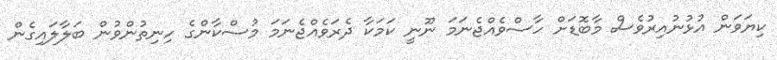
ކިޔަވަން އުޅުނުއިރުވެސް މާބޮޑަށް ހާސްވެއްޖެނަމަ ނޫނީ ކަމަކާ ދެރަވެއްޖެނަމަ މުސްކާންގެ ހިނިތުންވުން ބަލާލައިގެން